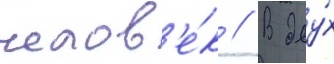
челов'е́к // В дву́х